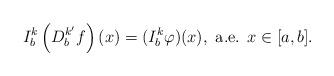
LaTeX: \begin{align*}I_b^k \left(D_b^{k'}f\right)(x)=(I_b^k \varphi)(x),\mbox{ a.e. } x\in [a,b].\end{align*}